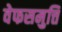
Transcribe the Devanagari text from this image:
वेफसमुत्ति